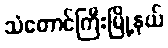
သံတောင်ကြီးမြို့နယ်